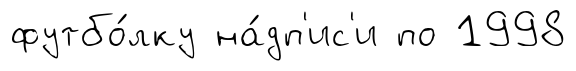
футбо́лку на́дп'ис'и по 1998